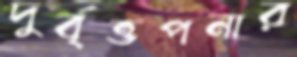
দুর্বৃত্তপনার